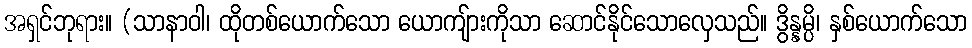
အရှင်ဘုရား။ (သာနာဝါ၊ ထိုတစ်ယောက်သော ယောကျ်ားကိုသာ ဆောင်နိုင်သောလှေသည်။ ဒွိန္နမ္ပိ၊ နှစ်ယောက်သော